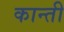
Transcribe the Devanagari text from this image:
कान्ती